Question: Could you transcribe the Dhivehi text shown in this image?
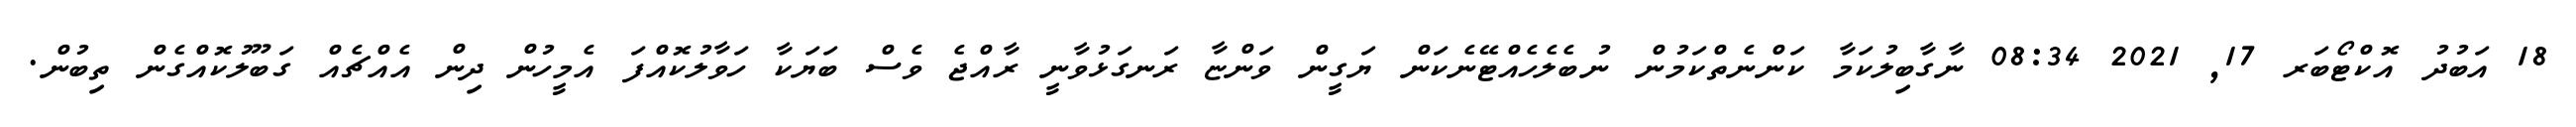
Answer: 18 އަބުދު އޮކްޓޯބަރ 17, 2021 08:34 ނާގާބިލުކަމާ ކަންނެތްކަމުން ނުބެލެހެއްޓޭނެކަން ޔަގީން ވަންޏާ ރަނގަޅުވާނީ ރާއްޖެ ވެސް ބަޔަކާ ހަވާލުކޮއްފަ އެމީހުން ދިން އެއްޗެއް ގަބޫލުކޮއްގެން ތިބުން.